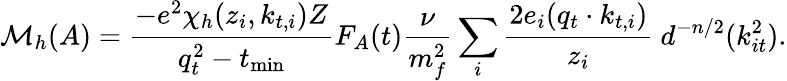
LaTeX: {\cal M}_{h}(A)=\frac{-e^{2}{\chi}_{h}(z_{i},k_{t,i})Z}{q_{t}^{2}-t_{\mathrm{min}}}F_{A}(t){\frac{\nu}{m_{f}^{2}}}\sum_{i}{\frac{2e_{i}(q_{t}\cdot k_{t,i})}{z_{i}}}\ d^{-n/2}(k_{it}^{2}).